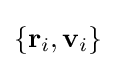
\{\mathbf {r} _{i},{\textbf {v}}_{i}\}